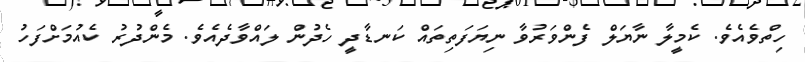
ހިތްވެއެވެ. ކެމީލާ ނާޔަލް ފެންވަރުވާ ނިޔަފަތިތައް ކަނޑާދީ ހެދުން ލައްވާދެއެވެ. މެންދުރު ކެއުމަށްފަހު